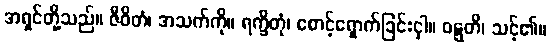
အရှင်တို့သည်။ ဇီဝိတံ၊ အသက်ကို။ ရက္ခိတုံ၊ စောင့်ရှောက်ခြင်းငှါ။ ဝဋ္ဋတိ၊ သင့်၏။